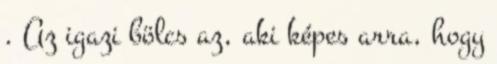
. Az igazi bölcs az, aki képes arra, hogy